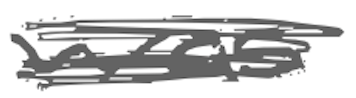
Text: was
Cross-out: scratch
Writing tool: digital_gray